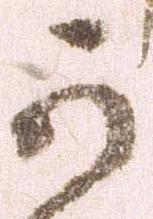
可